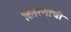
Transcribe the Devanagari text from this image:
वितरणांची